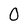
Character: 0